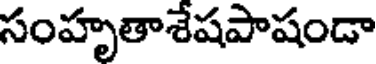
సంహృతాశేషపాషండా